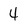
Character: 4